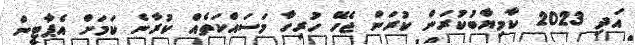
އަދި 2023 ކާމިޔާބުކުރަން ކުރަން ޖެހޭ ހުރިހާ މަސައްކަތެއް ކުރާނެ ކަމަށް އެޕާޓީން